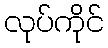
လုပ်ကိုင်